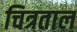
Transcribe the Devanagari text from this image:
चित्रताल